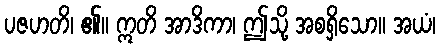
ပဇဟတိ၊ ၏။ ဣတိ အာဒိကာ၊ ဤသို့ အစရှိသော။ အယံ၊